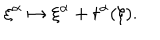
\xi ^ { \alpha } \mapsto \xi ^ { \alpha } + t ^ { \alpha } ( \xi ) .